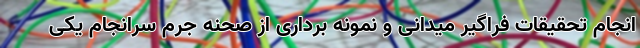
انجام تحقیقات فراگیر میدانی و نمونه برداری از صحنه جرم سرانجام یکی